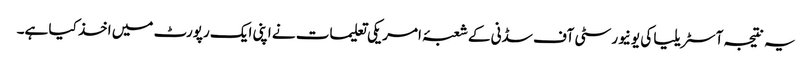
یہ نتیجہ آسٹریلیا کی یونیورسٹی آف سڈنی کے شعبۂ امریکی تعلیمات نے اپنی ایک رپورٹ میں اخذ کیا ہے۔